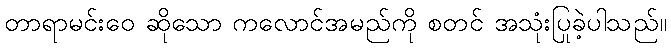
တာရာမင်းဝေ ဆိုသော ကလောင်အမည်ကို စတင် အသုံးပြုခဲ့ပါသည်။